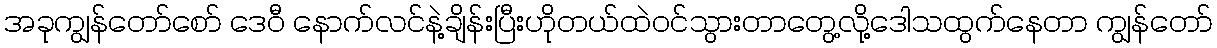
အခုကျွန်တော်စော် ဒေဝီ နောက်လင်နဲ့ချိန်းပြီးဟိုတယ်ထဲဝင်သွားတာတွေ့လို့ဒေါသထွက်နေတာ ကျွန်တော်